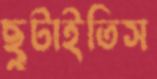
ছুটাইতিস